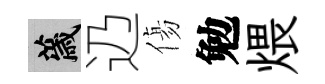
薉辸傷勉煨